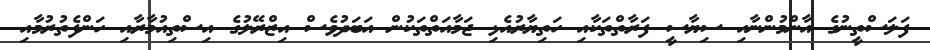
ފަލަސްތީނުގެ އާންމުންނާއި ސިޔާސީ ފަރާތްތަކާއި ހަތިޔާރުއެޅި ޖަމާއަތްތަކުން އަބަދުވެސް އިޒްރޭލުގެ އިސްތިއުމާރާއި ހަންފެތުރުމާއި